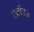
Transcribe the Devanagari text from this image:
टर्कॉयज़